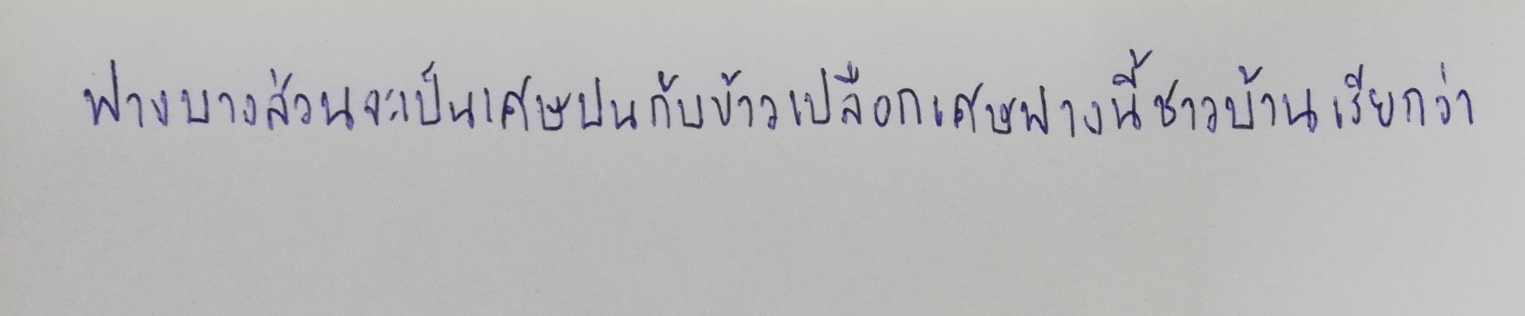
ฟางบางส่วนจะเป็นเศษปนกับข้าวเปลือกเศษฟางนี้ชาวบ้านเรียกว่า